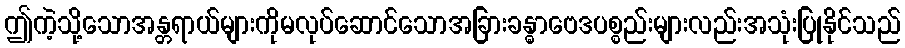
ဤကဲ့သို့သောအန္တရာယ်များကိုမလုပ်ဆောင်သောအခြားခန္ဓာဗေဒပစ္စည်းများလည်းအသုံးပြုနိုင်သည်